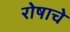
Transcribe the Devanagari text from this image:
रोषाचे